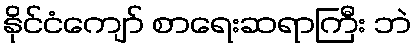
နိုင်ငံကျော် စာရေးဆရာကြီး ဘဲ